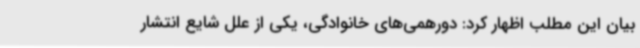
بیان این مطلب اظهار کرد: دورهمی‌های خانوادگی، یکی از علل شایع انتشار